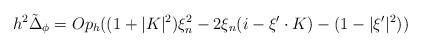
LaTeX: \begin{align*}h^2 \tilde\Delta_\phi = Op_h((1 + |K|^2)\xi_n^2 -2\xi_n(i-\xi'\cdot K) -(1- |\xi'|^2) )\end{align*}